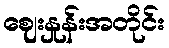
ဈေးနှုန်းအတိုင်း